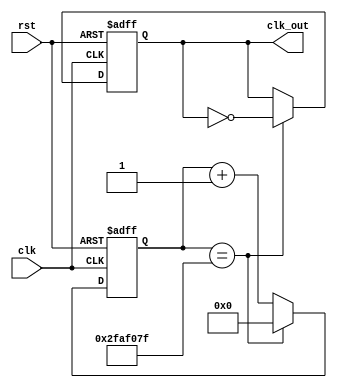
`timescale 1ns / 1ps

/*******************************************************************
*
* Module: ClockDivider.v
* Project: Digital Alarm Clock
* Description: this is the clock divider
*
* Change history: 1/5/2024  18/5/2024
*
*
**********************************************************************/



module ClockDivider #(parameter n = 50000000) (input clk,
input rst,
output reg clk_out
); // 1Hz is n = 50000000
    
    reg [31:0] counter;
    
    always @ (posedge clk, posedge rst) begin
        if (rst == 1'b1)
            counter <= 32'b0;
        else if (counter == n-1)
            counter <= 32'b0;
        else
            counter <= counter + 1; // increment the clock counter
    end


    always @ (posedge clk, posedge rst) begin
        if (rst)
            clk_out <= 0;
        else if (counter == n-1)
            clk_out <= ~clk_out;
    end
endmodule